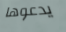
يدعوها